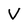
Character: V